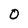
Character: 0